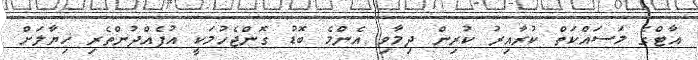
އާޓްގެ މަސައްކަތް ކުރާއިރު ކުރިން ދިމާވި އެންމެ ބޮޑު ގޮންޖެހުމަކީ އުފެއްދުންތެރި ޚިޔާލަށް